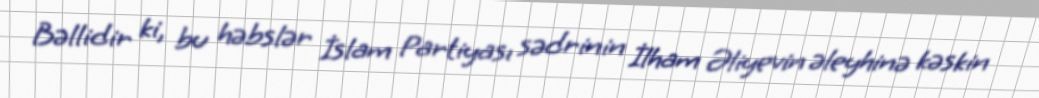
Bəllidir ki, bu həbslər İslam Partiyası sədrinin İlham Əliyevin əleyhinə kəskin